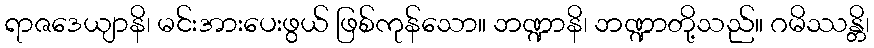
ရာဇဒေယျာနိ၊ မင်းအားပေးဖွယ် ဖြစ်ကုန်သော။ ဘဏ္ဍာနိ၊ ဘဏ္ဍာတို့သည်။ ဂမိဿန္တိ၊